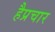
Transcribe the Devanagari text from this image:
हैप्रचार